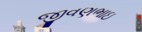
જીવણભાઇ